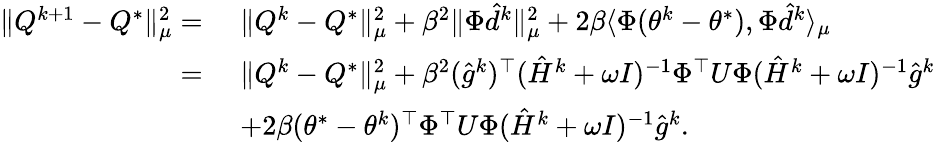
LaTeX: \begin{array}{rl}{\| Q^{k+1}-Q^{*}\| _{\mu}^{2}=}&{\, \, \| Q^{k}-Q^{*}\| _{\mu}^{2}+\beta^{2}\| \Phi\hat{d}^{k}\| _{\mu}^{2}+2\beta\langle\Phi(\theta^{k}-\theta^{*}),\Phi\hat{d}^{k}\rangle_{\mu}}\\ {=}&{\, \, \| Q^{k}-Q^{*}\| _{\mu}^{2}+\beta^{2}(\hat{g}^{k})^{\top}(\hat{H}^{k}+\omega I)^{-1}\Phi^{\top}U\Phi(\hat{H}^{k}+\omega I)^{-1}\hat{g}^{k}}\\ &{\, \, +2\beta(\theta^{*}-\theta^{k})^{\top}\Phi^{\top}U\Phi(\hat{H}^{k}+\omega I)^{-1}\hat{g}^{k}.}\end{array}